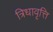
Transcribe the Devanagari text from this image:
त्रिधावृत्ति